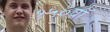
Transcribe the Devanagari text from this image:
१५०वॉ